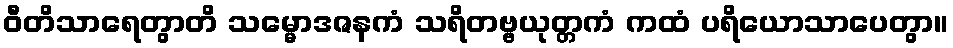
ဝီတိသာရေတွာတိ သမ္မောဒဇနကံ သရိတဗ္ဗယုတ္တကံ ကထံ ပရိယောသာပေတွာ။